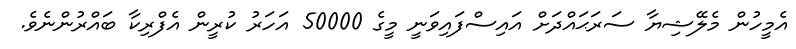
އެމީހުން މެލޭޝިޔާ ސަރަޙައްދަށް އައިސްފައިވަނީ މީގެ 50000 އަހަރު ކުރީން އެފްރިކާ ބައްރުންނެވެ.